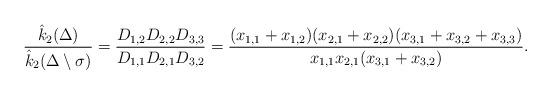
LaTeX: \begin{align*}\dfrac{\hat{k}_2{(\Delta)}}{\hat{k}_2(\Delta\setminus\sigma)}= \dfrac{D_{1,2}D_{2,2}D_{3,3}}{D_{1,1}D_{2,1}D_{3,2}}=\dfrac{(x_{1,1}+x_{1,2})(x_{2,1}+x_{2,2})(x_{3,1}+x_{3,2}+x_{3,3})}{x_{1,1}x_{2,1}(x_{3,1}+x_{3,2})}.\end{align*}